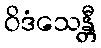
ဝိဒံသေန္တီ